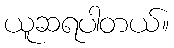
ယူဆရပါတယ်။